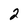
Character: 2